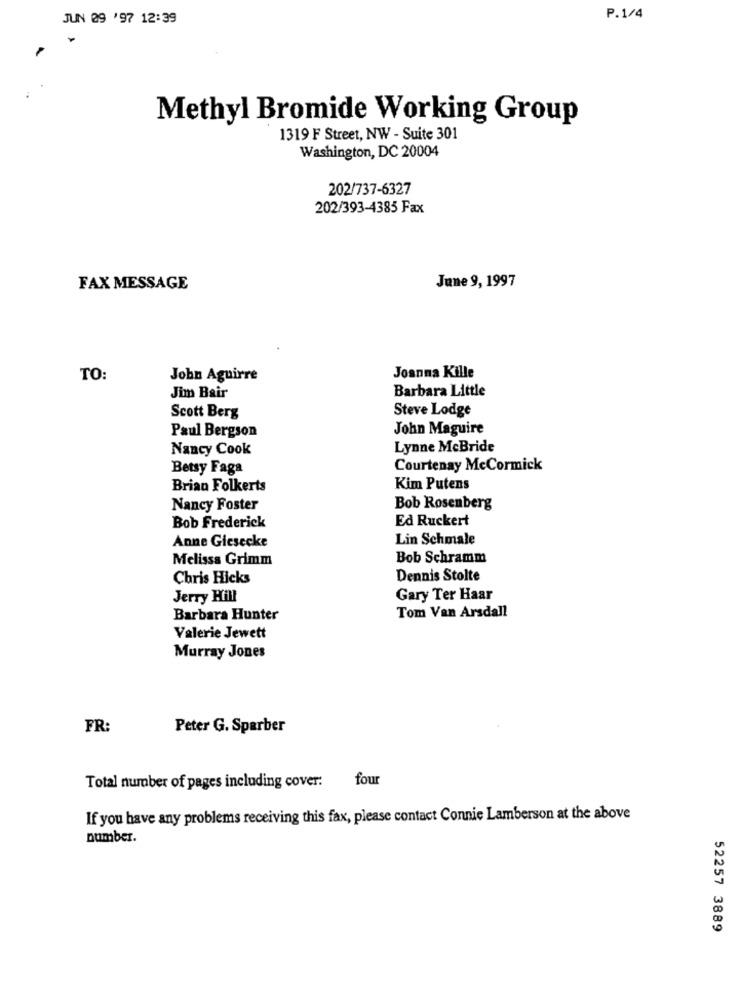
JUN 09 '97 12:39
P.1/4
Methyl Bromide Working Group
1319 F Street, NW - Suite 301
Washington, DC 20004
202/737-6327
202/393-4385 Fax
FAX MESSAGE
June 9, 1997
Joanna Kille
TO:
John Aguirre
Barbara Little
Jim Bair
Steve Lodge
Scott Berg
John Maguire
Paul Bergson
Nancy Cook
Lynne McBride
Betsy Faga
Courtenay McCormick
Brian Folkerts
Kim Putens
Nancy Foster
Bob Rosenberg
Ed Ruckert
Bob Frederick
Anne Giesecke
Lin Schmale
Melissa Grimm
Bob Schramm
Chris Hicks
Dennis Stolte
Jerry Hill
Gary Ter Haar
Tom Van Arsdall
Barbara Hunter
Valerie Jewett
Murray Jones
FR:
Peter G. Sparber
four
Total number of pages including cover:
If you have any problems receiving this fax, please contact Connie Lamberson at the above
Dumber.
52257 3889